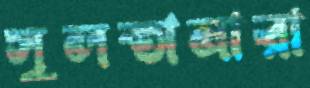
সুলতানারা